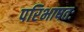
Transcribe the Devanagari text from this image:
परिभाषतः